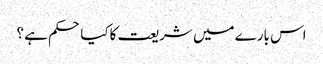
اس بارے میں شریعت کاکیا حکم ہے ؟